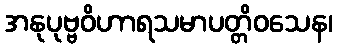
အနုပုဗ္ဗဝိဟာရသမာပတ္တိဝသေန၊